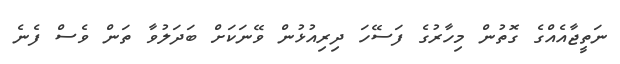
ނަތީޖާއެއްގެ ގޮތުން މިހާރުގެ ފަސޭހަ ދިރިއުޅުން ވޭނަކަށް ބަދަލުވާ ތަން ވެސް ފެނެ